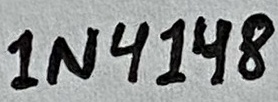
Text: 1N4148